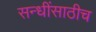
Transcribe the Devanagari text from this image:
सन्धींसाठीच